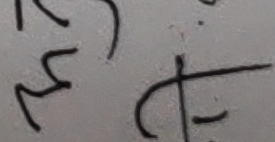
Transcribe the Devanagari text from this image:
५ ट